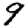
Digit: 9